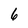
Character: 6